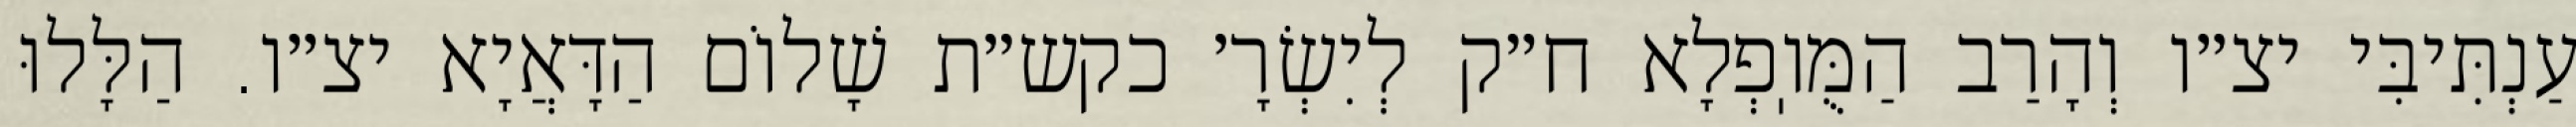
עַנְתִּיבִּי יצ״ו וְהָרַב הַמֻּוֽפְלָא ח״ק לְיִשְׂרָ׳ כקש״ת שָׁלוֹם הַדָּאֲיָא יצ״ו. הַלָּלוּ